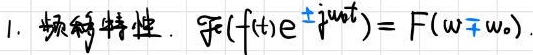
1. 频移特性. $\mathcal{F}(f(t)e^{\mp j\omega_0 t}) = F(\omega \mp \omega_0)$.